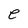
Character: e